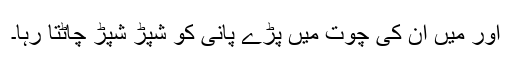
اور میں ان کی چوت میں پڑے پانی کو شپڑ شپڑ چاٹتا رہا۔